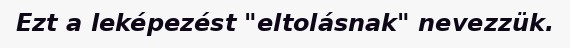
Ezt a leképezést "eltolásnak" nevezzük.